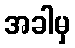
အခါမှ